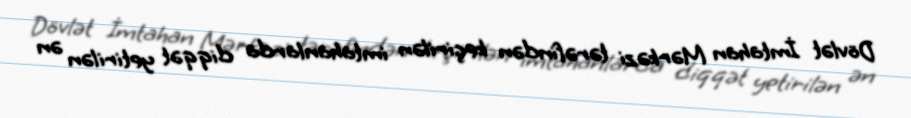
Dövlət İmtahan Mərkəzi tərəfindən keçirilən imtahanlarda diqqət yetirilən ən